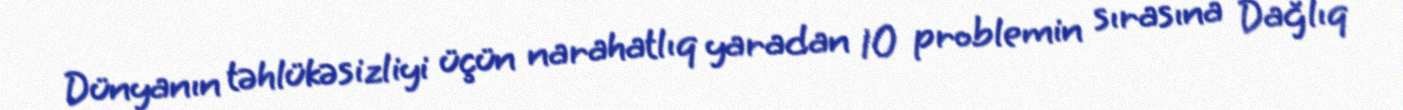
Dünyanın təhlükəsizliyi üçün narahatlıq yaradan 10 problemin sırasına Dağlıq